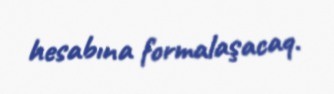
hesabına formalaşacaq.